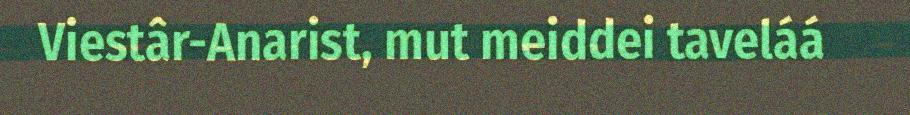
Viestâr-Anarist, mut meiddei taveláá